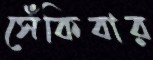
সেঁকিবার